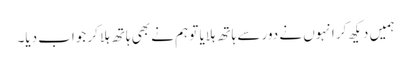
ہمیں دیکھ کر انہوں نے دور سے ہاتھ ہلایا تو ہم نے بھی ہاتھ ہلا کر جواب دیا۔